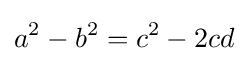
a^{2}-b^{2}=c^{2}-2cd